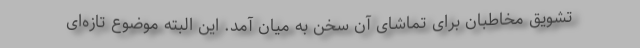
تشویق مخاطبان برای تماشای آن سخن به میان آمد. این البته موضوع تازه‌ای